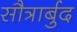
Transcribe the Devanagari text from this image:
सौत्रार्बुद